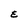
Character: E